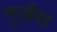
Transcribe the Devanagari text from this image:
गुर्जरा